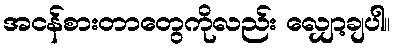
အငန်စားတာတွေကိုလည်း လျှော့ချပါ။